65_HS1-834228961_62-HQ-83894_Section_7
Agency: FBI
Page 152
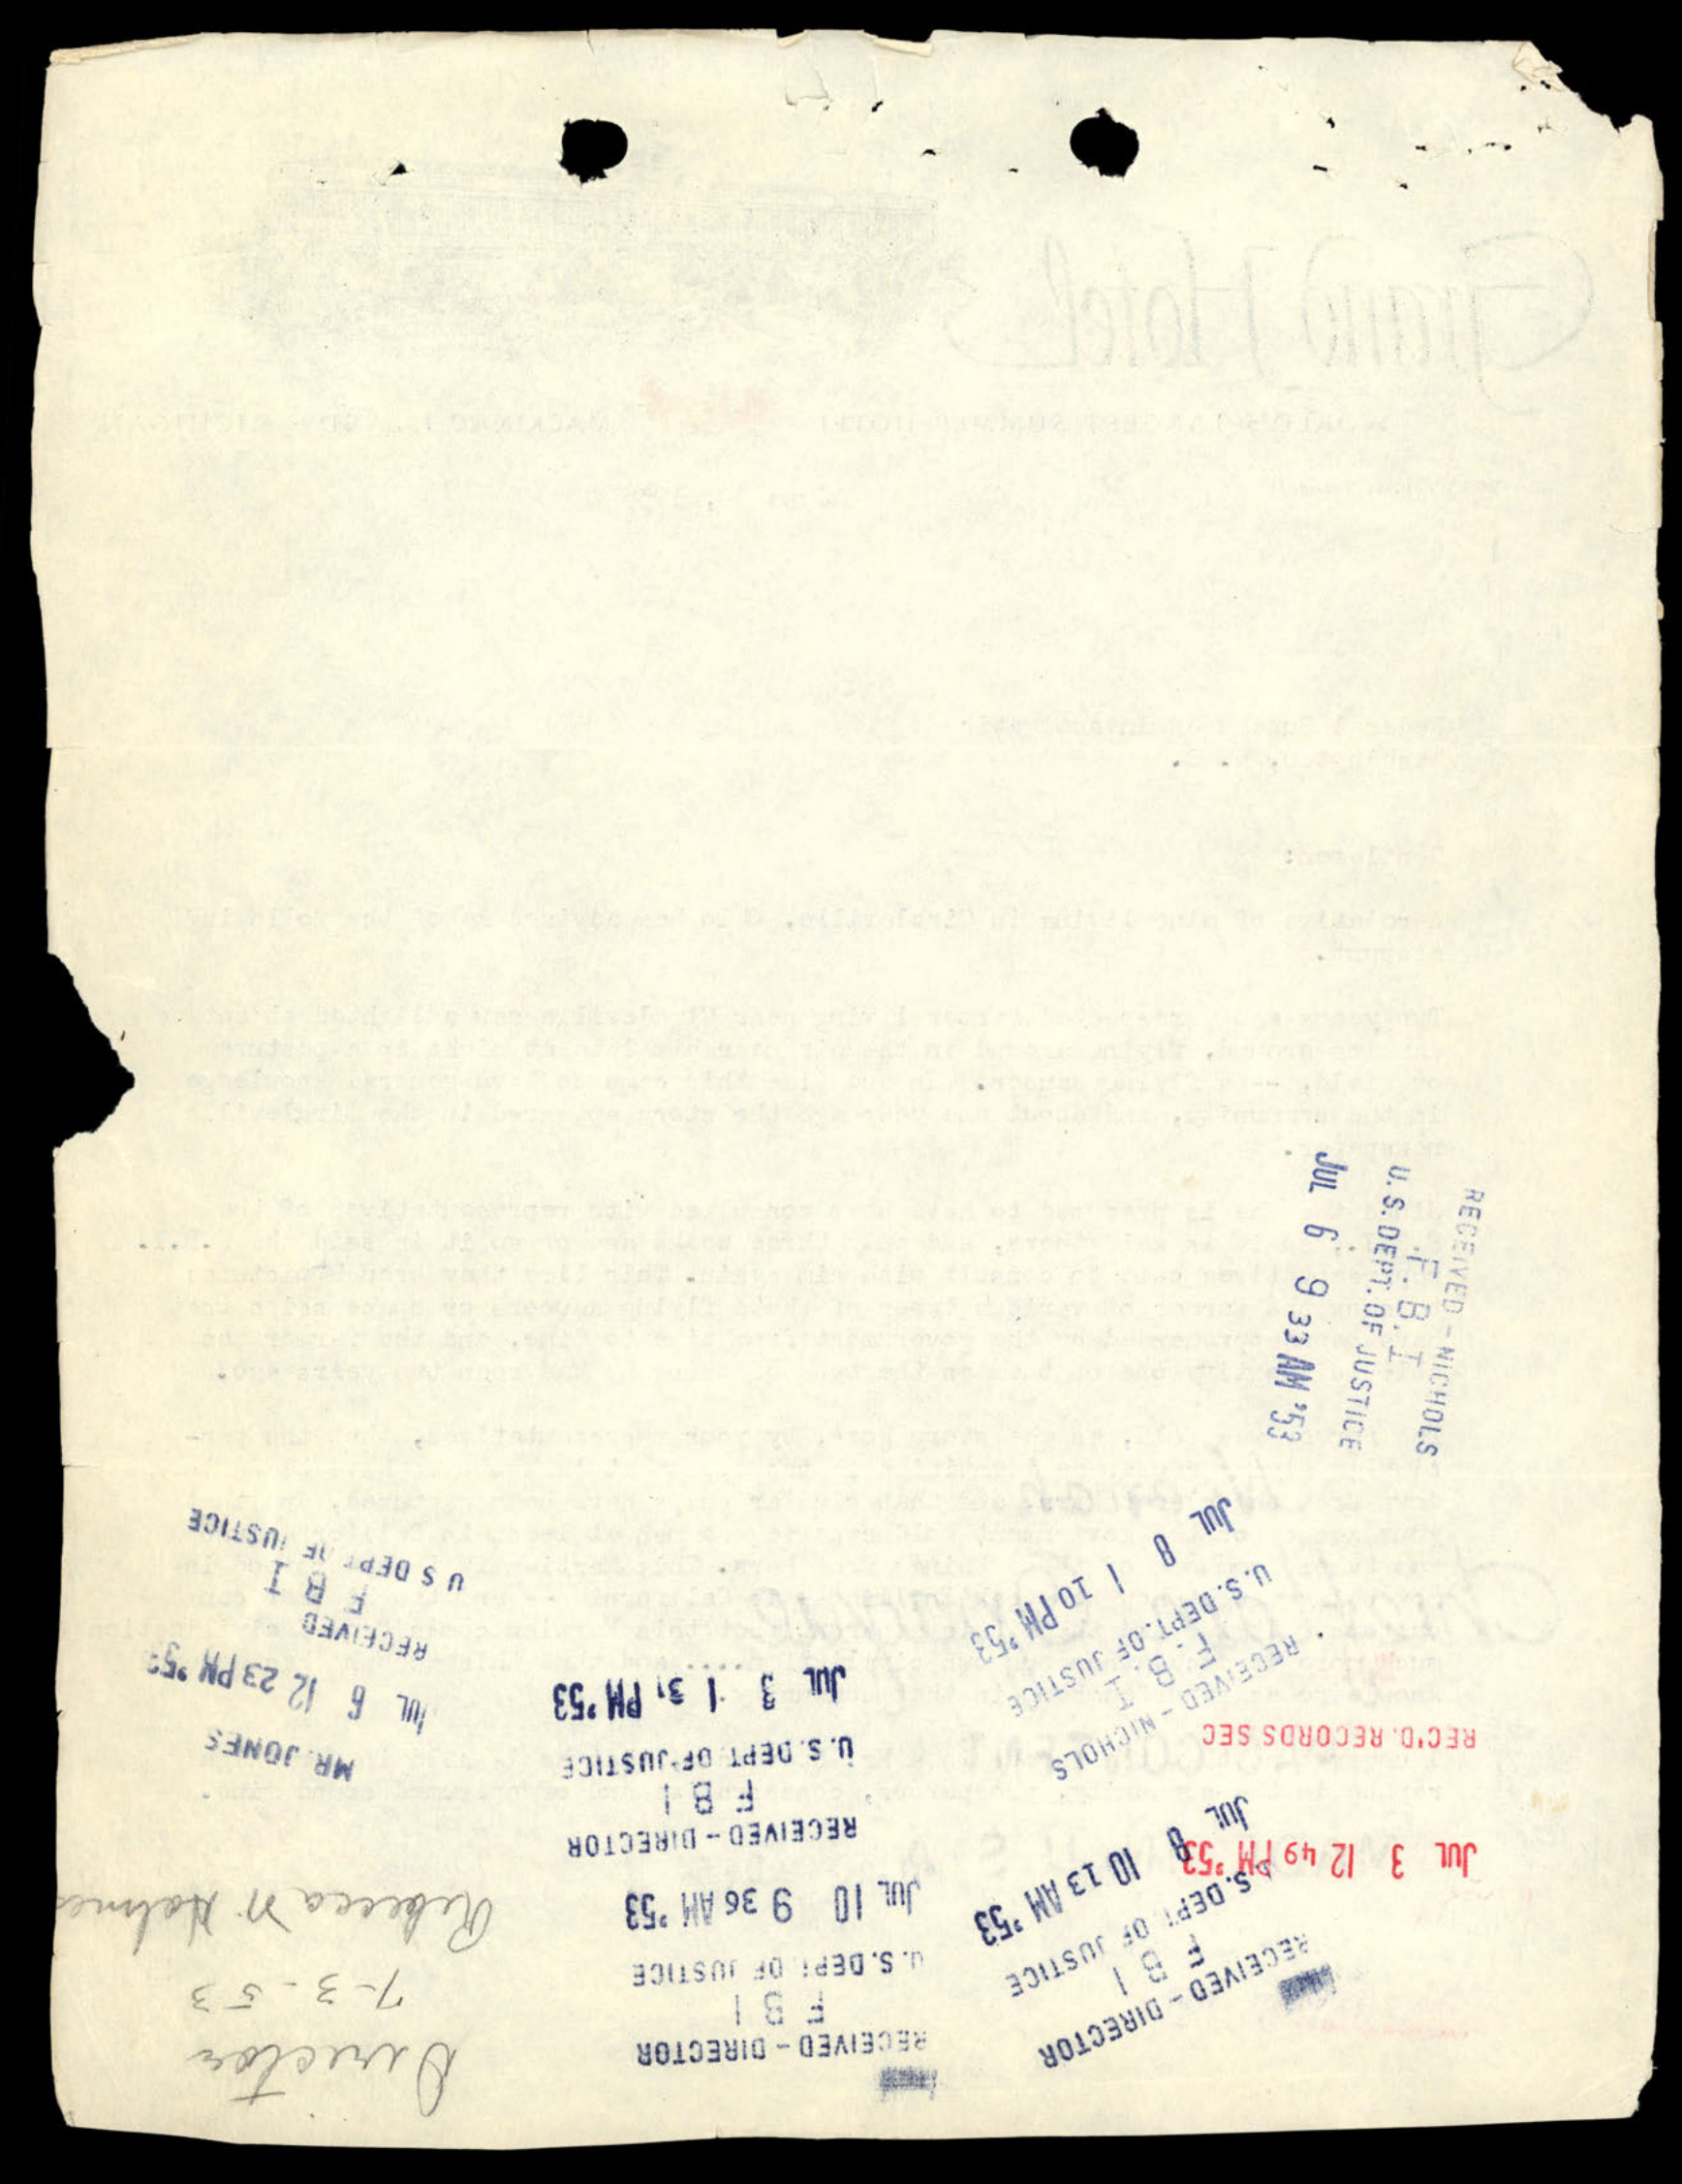